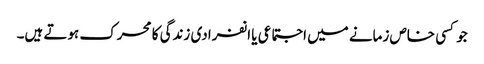
جو کسی خاص زمانے میں اجتماعی یا انفرادی زندگی کا محرک ہوتے ہیں۔